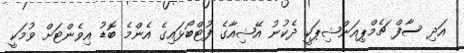
އަދި ސާފް ޗެމްޕިއަންޝިޕަކީ ދެކުނު އޭޝިއާގެ ފުޓްބޯޅައިގެ އެންމެ ބޮޑު އިވެންޓަށް ވުމަކީ